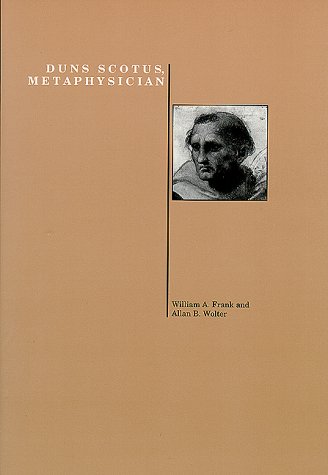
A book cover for Duns Scotus, Metaphysician (Purdue Studies in Romance Literatures) (Purdue University Press Series in the History of Philosophy); Willaim Frank; Religion & Spirituality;